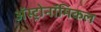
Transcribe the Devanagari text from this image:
अॅस्ट्रोनॉमिकल